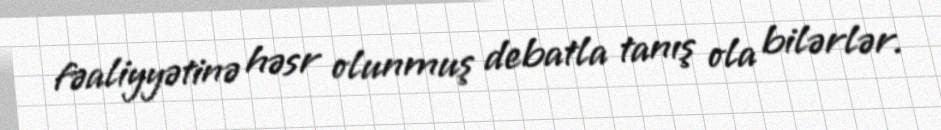
fəaliyyətinə həsr olunmuş debatla tanış ola bilərlər.